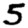
Digit: 5